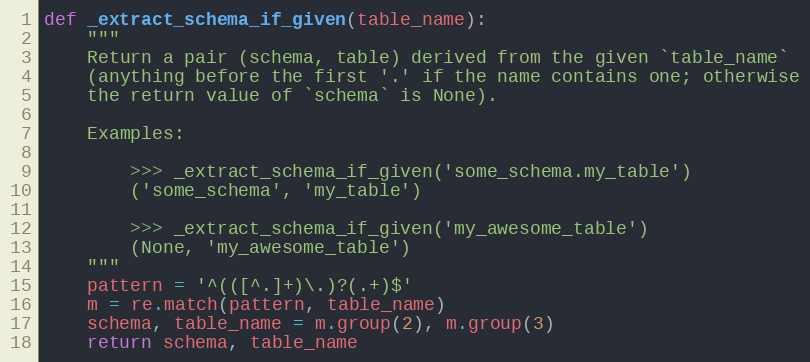
Language: Python
def _extract_schema_if_given(table_name):
    """
    Return a pair (schema, table) derived from the given `table_name`
    (anything before the first '.' if the name contains one; otherwise
    the return value of `schema` is None).

    Examples:

        >>> _extract_schema_if_given('some_schema.my_table')
        ('some_schema', 'my_table')

        >>> _extract_schema_if_given('my_awesome_table')
        (None, 'my_awesome_table')
    """
    pattern = '^(([^.]+)\.)?(.+)$'
    m = re.match(pattern, table_name)
    schema, table_name = m.group(2), m.group(3)
    return schema, table_name